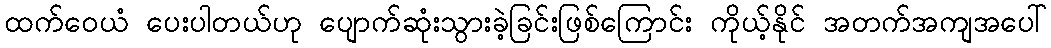
ထက်ဝေယံ ပေးပါတယ်ဟု ပျောက်ဆုံးသွားခဲ့ခြင်းဖြစ်ကြောင်း ကိုယ့်နိုင် အတက်အကျအပေါ်